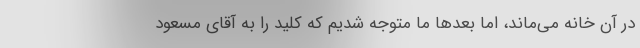
در آن خانه می‌ماند، اما بعد‌ها ما متوجه شدیم که کلید را به آقای مسعود